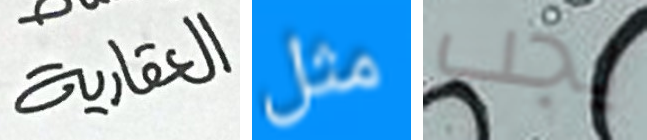
العقارية مثل يجب